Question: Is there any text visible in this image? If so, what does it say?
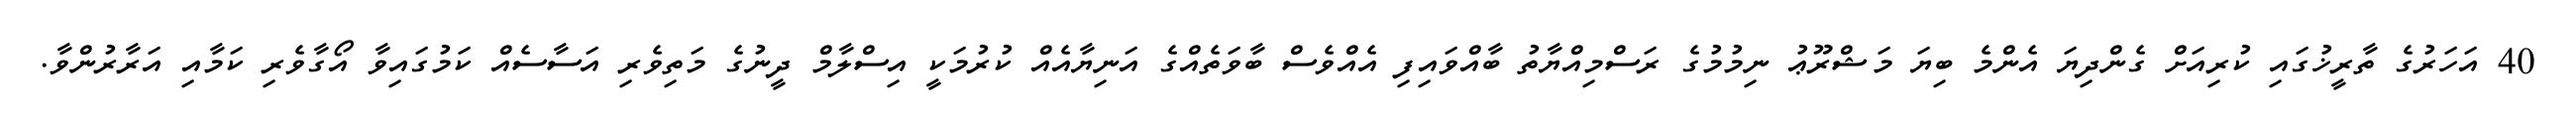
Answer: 40 އަހަރުގެ ތާރީޚުގައި ކުރިއަށް ގެންދިޔަ އެންމެ ބިޔަ މަޝްރޫޢު ނިމުމުގެ ރަސްމިއްޔާތު ބާއްވައިފި އެއްވެސް ބާވަތެއްގެ އަނިޔާއެއް ކުރުމަކީ އިސްލާމް ދީނުގެ މަތިވެރި އަސާސެއް ކަމުގައިވާ އޯގާވެރި ކަމާއި އަރާރުންވާ.